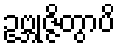
ဥဗ္ဘုဇ္ဇိတွာပိ